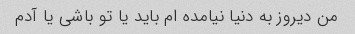
من دیروز به دنیا نیامده ام باید یا تو باشی یا آدم